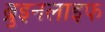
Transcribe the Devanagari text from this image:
ब्रुइनलाइफ